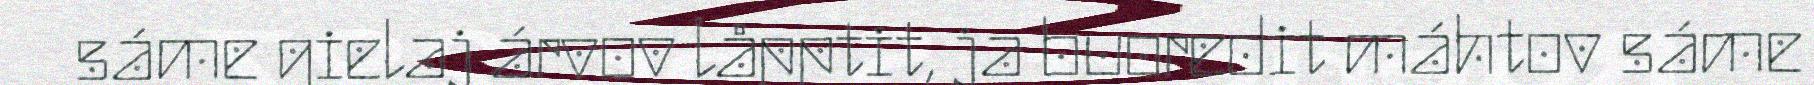
sáme gielaj árvov låpptit, ja buoredit máhtov sáme